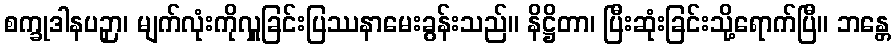
စက္ခုဒါနပဉှာ၊ မျက်လုံးကိုလှူခြင်းပြဿနာမေးခွန်းသည်။ နိဋ္ဌိတာ၊ ပြီးဆုံးခြင်းသို့ရောက်ပြီ။ ဘန္တေ